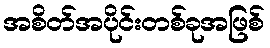
အစိတ်အပိုင်းတစ်ခုအဖြစ်